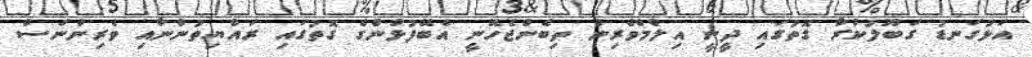
އަޅުގަނޑު ގަބޫލުކުރާ ގޮތުގައި ދީނީ އިލްމްވެރިން ތިބެންޖެހޭނީ އެބޭފުޅުންގެ ގޮތުގައި ރައްޔިތުންނާއި ވެރިންނަސް